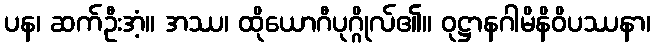
ပန၊ ဆက်ဦးအံ့။ အဿ၊ ထိုယောဂီပုဂ္ဂိုလ်၏။ ဝုဋ္ဌာနဂါမိနိဝိပဿနာ၊